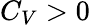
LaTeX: C_{V}>0